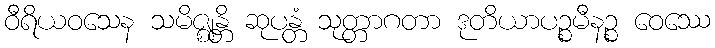
ဝီရိယဝသေန သမိဇ္ဈန္တိ ဆုပန္တံ သုတ္တာဂတာ ဒုတိယာပဉ္စမီနဉ္စ ဝေဿေ